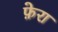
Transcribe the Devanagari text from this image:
फ़ेरा